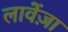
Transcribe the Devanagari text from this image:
लावेंज़ा